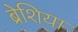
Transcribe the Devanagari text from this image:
ब्रेशिया